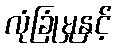
လုံခြုံမှုနှင့်